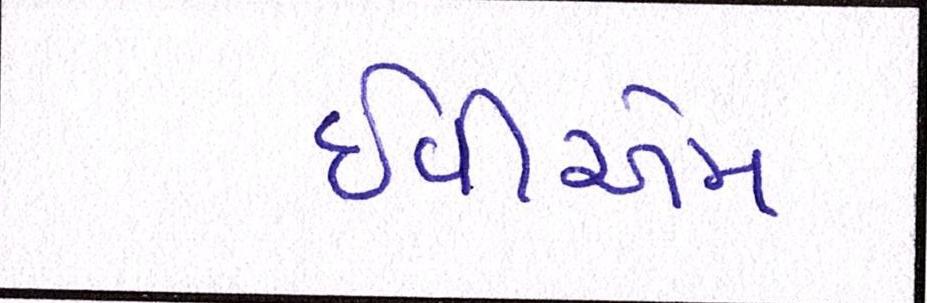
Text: ઇવીએમ